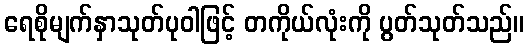
ရေစိုမျက်နှာသုတ်ပုဝါဖြင့် တကိုယ်လုံးကို ပွတ်သုတ်သည်။